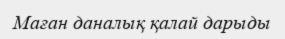
Маған даналық қалай дарыды